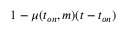
1 - \mu ( t _ { o n } , m ) ( t - t _ { o n } )